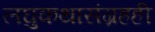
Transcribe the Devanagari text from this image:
लघुकथासंग्रहही